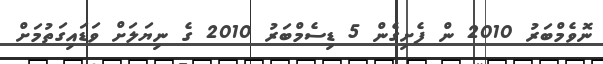
ނޮވެމްބަރު 2010 ން ފެށިގެން 5 ޑިސެމްބަރު 2010 ގެ ނިޔަލަށް ވަޑައިގަތުމަށް